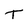
Character: T